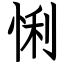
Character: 悧